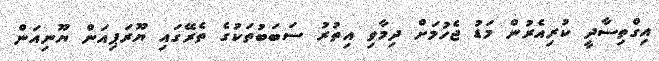
އިގްތިސާދީ ކުރިއެރުން މަޑު ޖެހުމަށް ދިމާވި އިތުރު ސަބަބުތަކުގެ ތެރޭގައި ޔޫރަޕިއަން ޔޫނިއަން